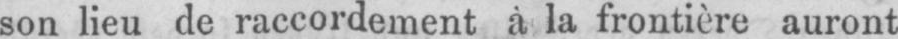
son lieu de raccordement à la frontière auront